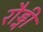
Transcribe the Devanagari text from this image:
रौड्नी